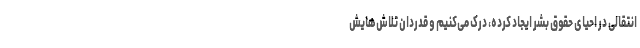
انتقالی در احیای حقوق بشر ایجاد کرده، درک می‌کنیم و قدردان تلاش‌هایش